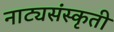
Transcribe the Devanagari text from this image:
नाट्यसंस्कृती